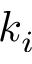
k _ { i }